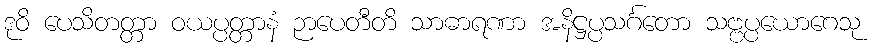
ဒုဝိ ပေသိတတ္တာ ဝယပ္ပတ္တာနံ ဉာပေတီတိ သာဓာရဏာ အနိဋ္ဌပ္ပသင်္ဂတော သဗ္ဗပ္ပယောဂေသု